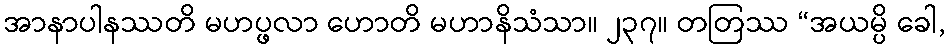
အာနာပါနဿတိ မဟပ္ဖလာ ဟောတိ မဟာနိသံသာ။ ၂၃၇။ တတြဿ “အယမ္ပိ ခေါ,